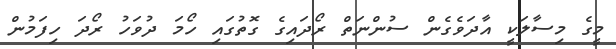
މީގެ މިސާލަކީ އާދަވެގެން ސުންނަތް ރޯދައިގެ ގޮތުގައި ހޯމަ ދުވަހު ރޯދަ ހިފަމުން